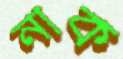
নাক